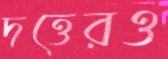
দত্তেরও